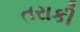
તરાકી